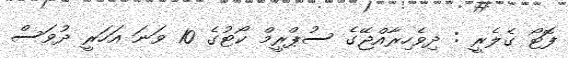
ފޮޓޯ ގެލެރީ : ދިވެހިރާއްޖޭގެ ސުޕްރީމް ކޯޓުގެ 10 ވަނަ އަހަރީ ދުވަސް